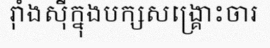
រ៉ាំងស៊ីក្នុងបក្សសង្គ្រោះចារ